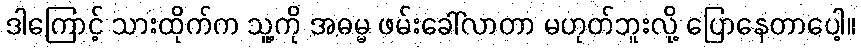
ဒါကြောင့် သားထိုက်က သူ့ကို အဓမ္မ ဖမ်းခေါ်လာတာ မဟုတ်ဘူးလို့ ပြောနေတာပေါ့။